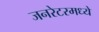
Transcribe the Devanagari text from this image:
जनरेटरमध्ये